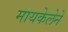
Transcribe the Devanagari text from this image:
मायकेलेने